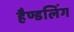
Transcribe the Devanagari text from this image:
हैण्डलिंग